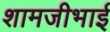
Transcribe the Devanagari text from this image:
शामजीभाई